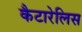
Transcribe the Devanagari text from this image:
कैटारेलिस